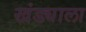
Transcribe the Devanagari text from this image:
खंड्याला